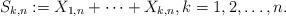
LaTeX: \begin{align*} S_{k,n}:=X_{1,n}+\dots+X_{k,n},k=1,2,\dots,n.\end{align*}